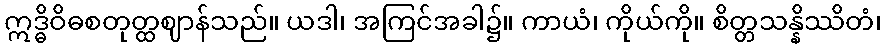
ဣဒ္ဓိဝိဓစတုတ္ထဈာန်သည်။ ယဒါ၊ အကြင်အခါ၌။ ကာယံ၊ ကိုယ်ကို။ စိတ္တသန္နိဿိတံ၊